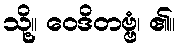
သို့။ ဝေဒိတဗ္ဗံ၊ ၏။